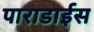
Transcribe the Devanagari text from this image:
पाराडाईस